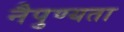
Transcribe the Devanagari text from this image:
नैपुण्यता